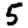
Digit: 5